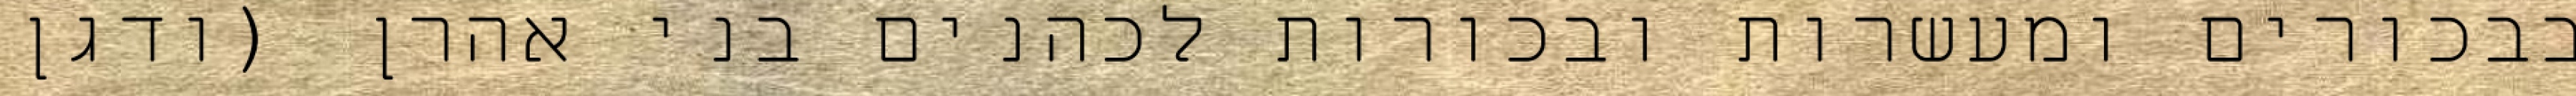
בבכורים ומעשרות ובכורות לכהנים בני אהרן (ודגן